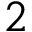
2